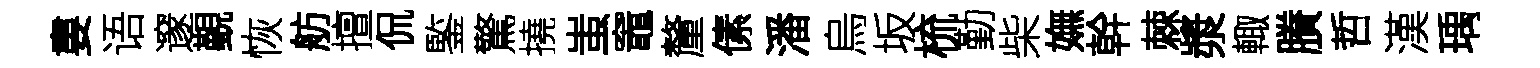
婁语邃覲恢舫擅侃鍳驚撓蚩竈釐傃潘烏坂梳勤柴嫵幹棘漿輙賸哲漢瑀